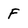
Character: F